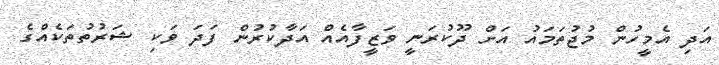
އަދި އެމީހުން މުޖުތަމައު އަށް ދޫކުރަނީ ވަޒީފާއެއް އަދާކުރުން ފަދަ ވަކި ޝަރުތުތަކެއްގެ